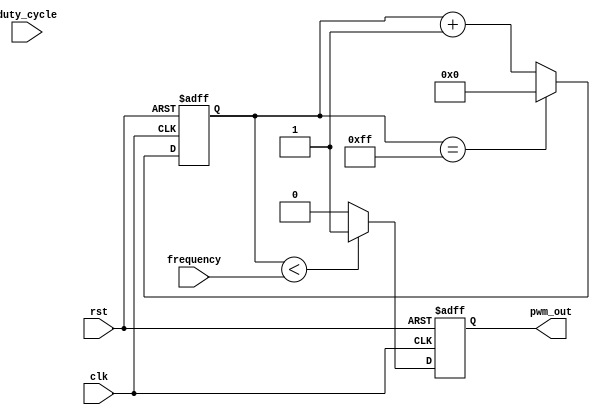
module PWM_generator(
    input wire clk,
    input wire rst,
    input wire [7:0] frequency,
    input wire [7:0] duty_cycle,
    output reg pwm_out
);

reg [15:0] counter;

always @(posedge clk or posedge rst) begin
    if (rst) begin
        counter <= 16'b0;
        pwm_out <= 1'b0;
    end else begin
        if (counter < frequency) begin
            pwm_out <= 1'b1;
        end else begin
            pwm_out <= 1'b0;
        end
        if (counter == 255) begin
            counter <= 16'b0;
        end else begin
            counter <= counter + 1;
        end
    end
end

endmodule